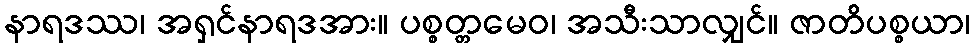
နာရဒဿ၊ အရှင်နာရဒအား။ ပစ္စတ္တမေဝ၊ အသီးသာလျှင်။ ဇာတိပစ္စယာ၊